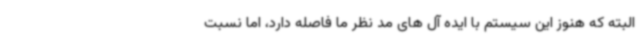
البته که هنوز این سیستم با ایده آل های مد نظر ما فاصله دارد، اما نسبت